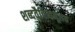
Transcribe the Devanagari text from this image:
शब्दवैचित्र्यमूलक